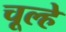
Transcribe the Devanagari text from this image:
चूल्‍हे